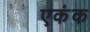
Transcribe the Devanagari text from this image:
एकंक